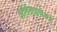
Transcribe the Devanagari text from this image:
अॉर्गनाइजेशन